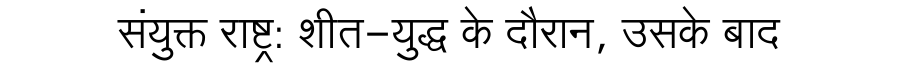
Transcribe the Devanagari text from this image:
संयुक्त राष्ट्र: शीत-युद्ध के दौरान, उसके बाद